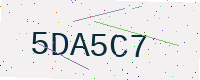
Text: 5DA5C7